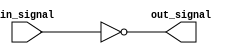
module RTL_inverter (
    input wire in_signal,
    output wire out_signal
);

assign out_signal = ~in_signal;

endmodule